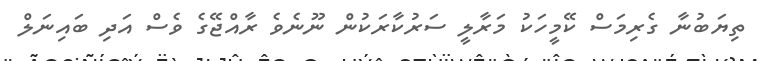
ތިޔަބުނާ ގެރިމަސް ކޭމީހަކު މަރާލީ ސަރުކާރަކުން ނޫނެވެ ރާއްޖޭގެ ވެސް އަދި ބައިނަލް